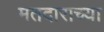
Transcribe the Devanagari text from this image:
मतदाराच्या